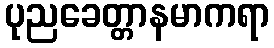
ပုညခေတ္တာနမာကရာ